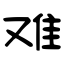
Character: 难